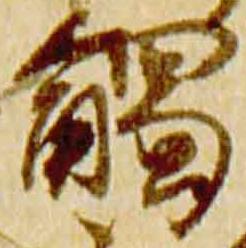
触